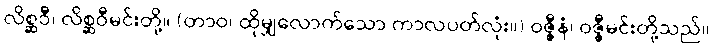
လိစ္ဆဝီ၊ လိစ္ဆဝီမင်းတို့။ (တာဝ၊ ထိုမျှလောက်သော ကာလပတ်လုံး။) ဝဇ္ဇီနံ၊ ဝဇ္ဇီမင်းတို့သည်။